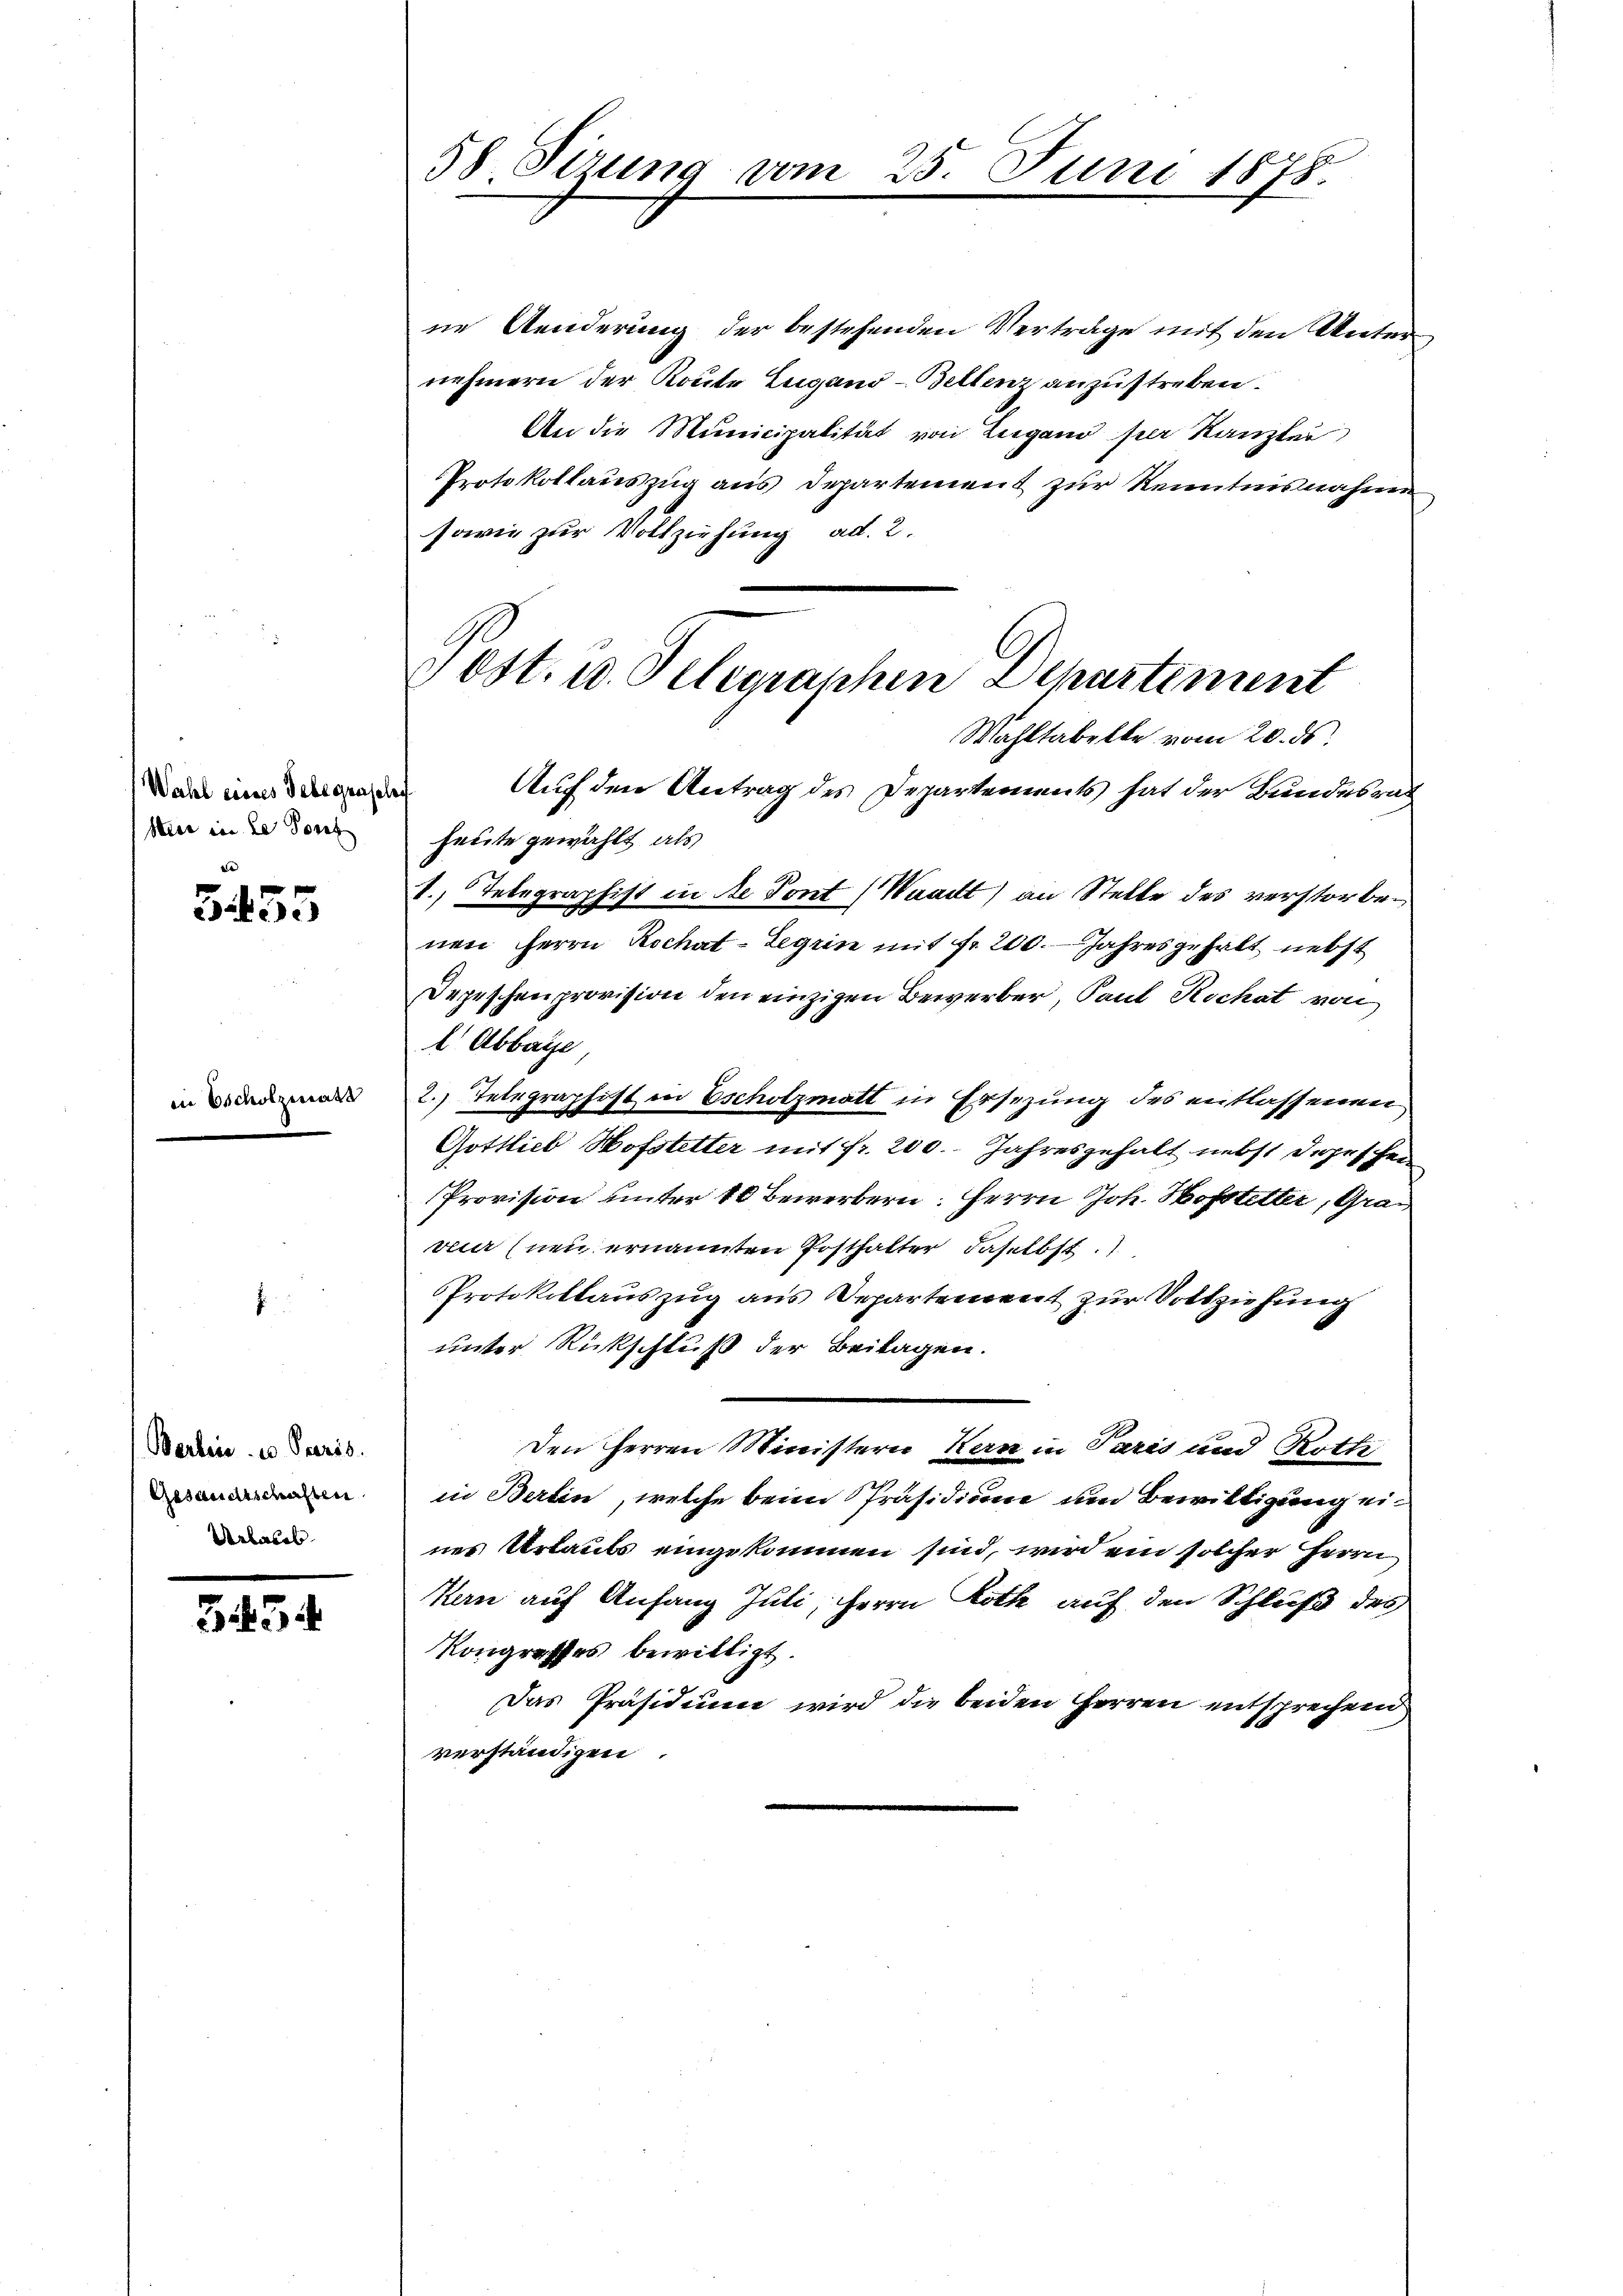
Wahl eines Telegensch
Here in le Josef

i

3455

wate

Berbei u Peeris
Gesandtschaften
Urlaub

343

58. Sirung vom

ne Aenderung der bestehenden Vertrage mit den Unternehmern der Route Lugano-Bellenz anzustreben.
An die Municipalität von Lugano per Kanzlei
Protokollauszug aus Departement zur Kenntnisnahme
sowie zur Vollziehung ad. 2.
Auf den Antrag des Departements hat der Bundesrat
heute gewählt, als
1. Telegraphist in de Pont (Waadt) an Stelle des verstorbenen Herrn Rochat-Legrin mit fr. 200. Jahresgehalt nebst
Depeschenprovision den einzigen Bewerber, Paul Kochat von
 Abbaye
2.) Telegraphist in Escholzmatt in Ersezung des entlassenen
Gottlieb Hofstetter mit fr. 200. Jahresgehalt nebst Depeschen
Provision unter 10 Bewerbern: Herrn Joh. Hofstetter, Grau
vier neu ernannten Posthalter daselbst
Protokollauszug aus Departement zur Vollziehung
unter Rückschluß der Beilagen.
Den Herren Ministern Kern in Paris und Rotte
in Berlin, welche beim Präsidium um Bewilligung eines Urlaubs eingekommen sind, wird ein solcher Herrn
Kern auf Anfang Juli, Herrn Roth auf den Schluß des
Kongresses bewilligt.
Das Präsidium wird die beiden Herren entsprechen
verständigen

25. Juni 1878.

vost. 10. Telegraphen Departement
Wahltabelle vom 20. ds.